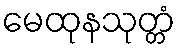
မေထုနသုတ္တံ